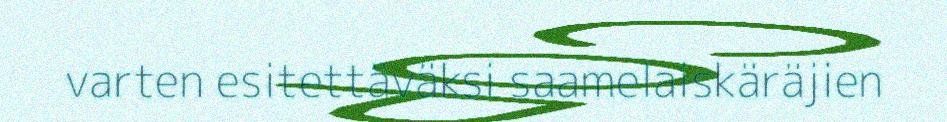
varten esitettäväksi saamelaiskäräjien